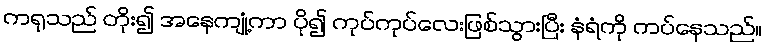
ကရုသည် တိုး၍ အနေကျုံ့ကာ ပို၍ ကုပ်ကုပ်လေးဖြစ်သွားပြီး နံရံကို ကပ်နေသည်။